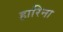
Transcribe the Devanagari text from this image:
हारिना